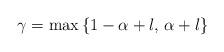
LaTeX: \begin{align*}\gamma = \max\left\{ 1- \alpha + l, \, \alpha+l \right\}\end{align*}